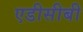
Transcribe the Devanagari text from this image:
एडीसीबी